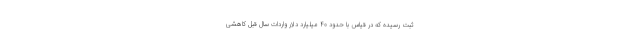
ثبت رسیده که در قیاس با حدود ۴۰ میلیارد دلار واردات سال قبل کاهشی